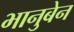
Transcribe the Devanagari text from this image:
भानुबेन